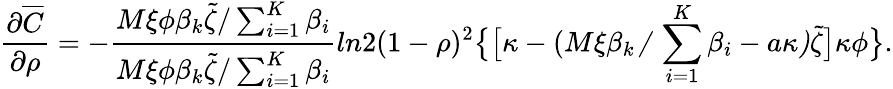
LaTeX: \frac{\partial\overline{{C}}}{\partial\rho}=-\frac{M\xi\phi\beta_{k}\widetilde{\zeta}/\sum_{i=1}^{K}\beta_{i}}{M\xi\phi\beta_{k}\widetilde{\zeta}/\sum_{i=1}^{K}\beta_{i}}{ln2(1-\rho)^{2}\big\{ \big[\kappa-(\mit M\xi\beta_{k}/\sum_{i\mathrm{=1}}\mit^{K}\beta_{i}-a\kappa)\widetilde{\zeta}\big]\kappa\phi\big\} }.